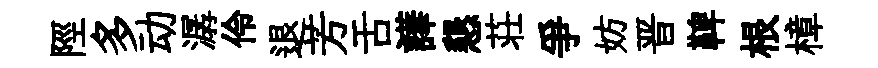
陘多动潺伶退芳舌譁懇荘爭妨晋鞞根樟